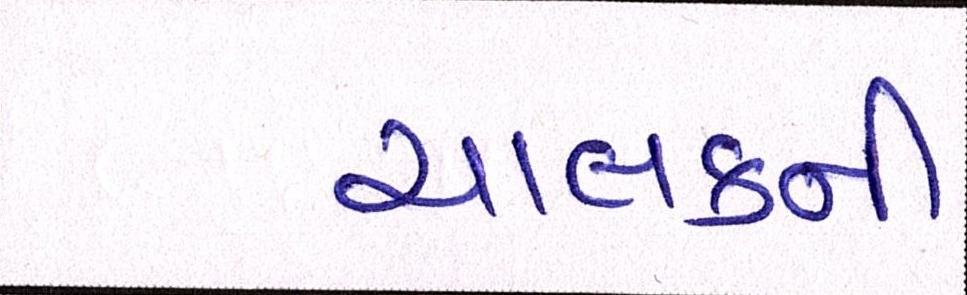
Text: ચાલકની